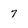
Character: 7